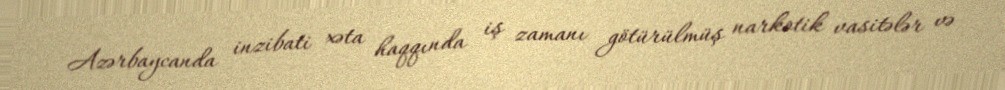
Azərbaycanda inzibati xəta haqqında iş zamanı götürülmüş narkotik vasitələr və